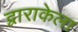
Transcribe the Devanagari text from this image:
द्वाराकेला